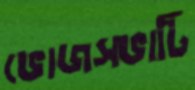
ভোজসভাটি